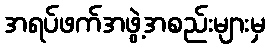
အရပ်ဖက်အဖွဲ့အစည်းများမှ